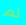
تم